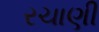
રચાણી